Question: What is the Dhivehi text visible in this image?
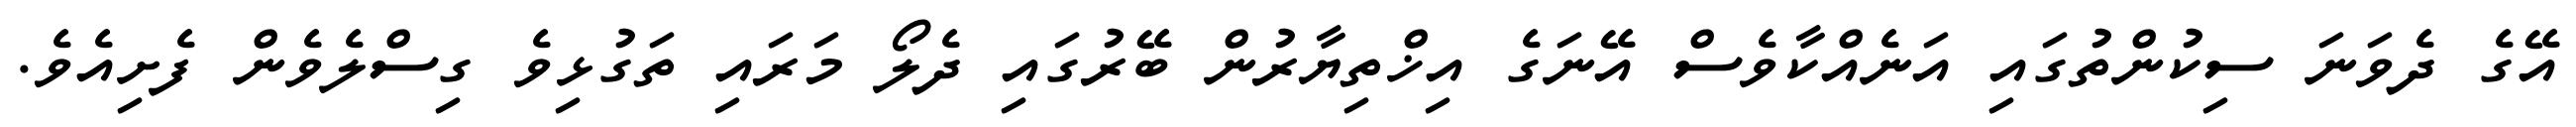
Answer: އޭގެ ދެވަނަ ސިކުންތުގައި އަނެއްކާވެސް އޭނަގެ އިޚްތިޔާރުން ބޭރުގައި ދެލޯ މަރައި ތަގުޅިވެ ގިސްލެވެން ފެށިއެވެ.